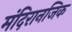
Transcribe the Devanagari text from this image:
मंदिरानजिक